Annual administration report of the Civil Veterinary Department of India - 1896-1897
Year: 1896
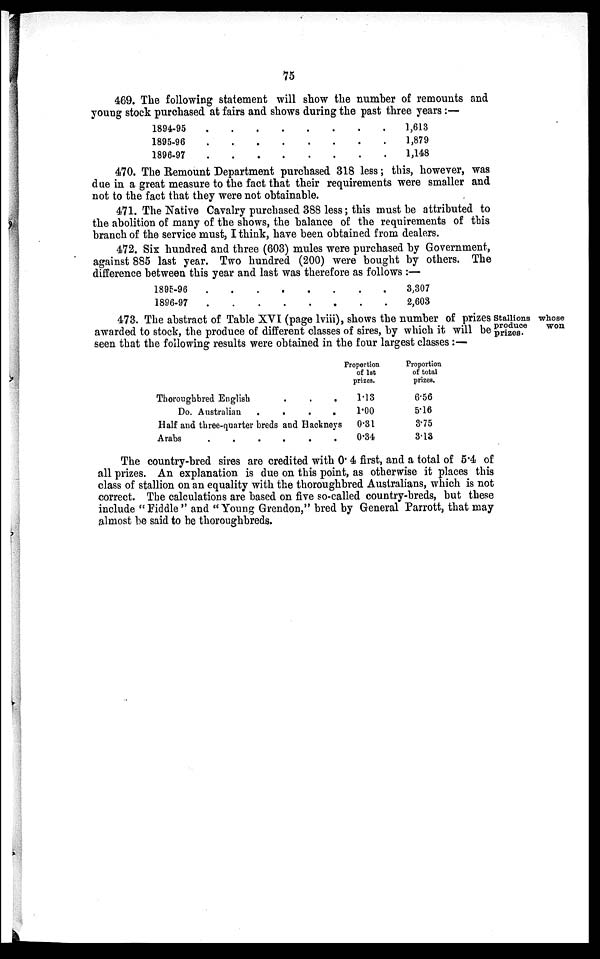
75
469. The following statement will show the number of remounts and
young stock purchased at fairs and shows during the past three years:—
1894-95 .
1895-96 .
1896-97 .
. . . .
. . . .
. . . .
. .
.
.
. .
. 1,613
. 1,879
. 1,148
470. The Remount Department purchased 318 less; this, however, was
due in a great measure to the fact that their requirements were smaller and
not to the fact that they were not obtainable.
471. The Native Cavalry purchased 388 less; this must be attributed to
the abolition of many of the shows, the balance of the requirements of this
branch of the service must, I think, have been obtained from dealers.
472. Six hundred and three (603) mules were purchased by Government,
against 885 last year. Two hundred (200) were bought by others. The
difference between this year and last was therefore as follows :—
1895-96 .
1896-97 .
.
.
. .
. .
.
.
.
.
. . 3,307
. . 2,603
Stallions whose
produce
won
prizes.
473. The abstract of Table XVI (page lviii), shows the number of prizes
awarded to stock, the produce of different classes of sires, by which it will be
seen that the following results were obtained in the four largest classes:—
Thoroughbred English
.
.
.
Do. Australian
.
.
.
.
Half and three-quarter breds and Hackneys
Arabs
.
.
.
.
.
.
Proportion
of 1st
prizes.
1.13
1.00
0.31
0.34
Proportion
of total
prizes.
6.56
5.16
3.75
3.13
The country-bred sires are credited with 0.4 first, and a total of 5.4 of
all prizes. An explanation is due on this point, as otherwise it places this
class of stallion on an equality with the thoroughbred Australians, which is not
correct. The calculations are based on five so-called country-breds, but these
include "Fiddle" and "Young Grendon," bred by General Parrott, that may
almost be said to be thoroughbreds.